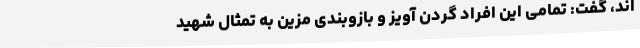
اند، گفت: تمامی این افراد گردن آویز و بازوبندی مزین به تمثال شهید